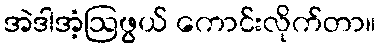
အဲဒါအံ့ဩဖွယ် ကောင်းလိုက်တာ။